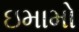
ઇમામો